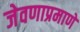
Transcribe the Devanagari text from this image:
जेवणाप्रमाणे